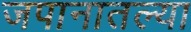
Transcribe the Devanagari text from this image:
जपानातल्या